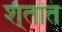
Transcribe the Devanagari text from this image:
शे्तांत